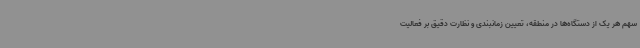
سهم هر یک از دستگاه‌ها در منطقه، تعیین زمانبندی و نظارت دقیق بر فعالیت